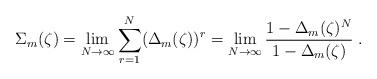
LaTeX: \begin{align*}\Sigma_m(\zeta) = \lim_{N\rightarrow\infty} \sum_{r=1}^N ( \Delta_m(\zeta) )^r=\lim_{N\rightarrow\infty}{{1 - \Delta_m(\zeta)^N} \over {1 - \Delta_m(\zeta)}}\;.\end{align*}